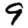
Digit: 9